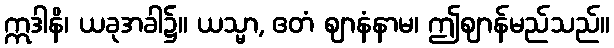
ဣဒါနိ၊ ယခုအခါ၌။ ယသ္မာ, ဧတံ ဈာနံနာမ၊ ဤဈာန်မည်သည်။